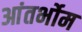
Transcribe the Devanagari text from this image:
आंतर्भोम